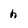
Character: h